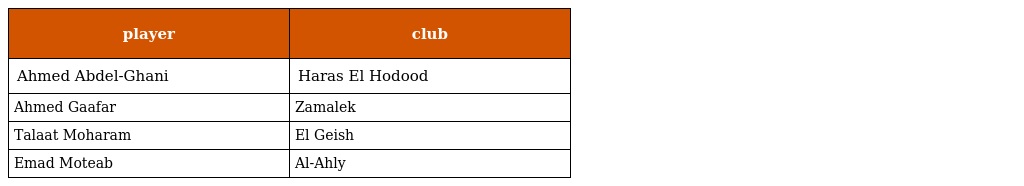
| player | club |
 | --- | --- |
 | Ahmed Abdel-Ghani | Haras El Hodood |
 | Ahmed Gaafar | Zamalek |
 | Talaat Moharam | El Geish |
 | Emad Moteab | Al-Ahly |